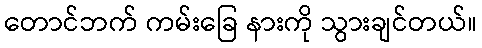
တောင်ဘက် ကမ်းခြေ နားကို သွားချင်တယ်။